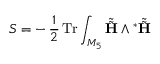
S = - \, \frac { 1 } { 2 } \, \mathrm { T r } \int _ { M _ { 5 } } \tilde { \tilde { \bf H } } \wedge { ^ \ast \tilde { \tilde { \bf H } } }